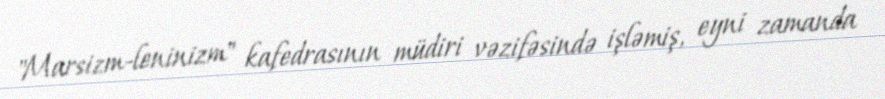
"Marsizm-leninizm" kafedrasının müdiri vəzifəsində işləmiş, eyni zamanda